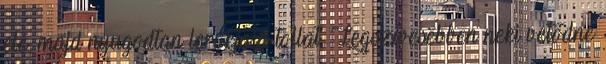
elé, majd nyugodtan lerakja a tollat. Legszívesebben neki vetődne